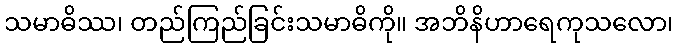
သမာဓိဿ၊ တည်ကြည်ခြင်းသမာဓိကို။ အဘိနိဟာရေကုသလော၊